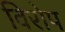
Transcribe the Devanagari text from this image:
विरोप